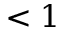
< 1